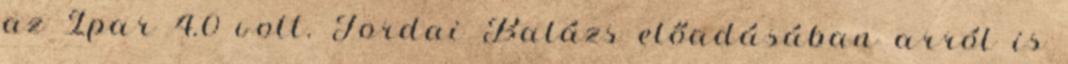
az Ipar 4.0 volt. Tordai Balázs előadásában arról is